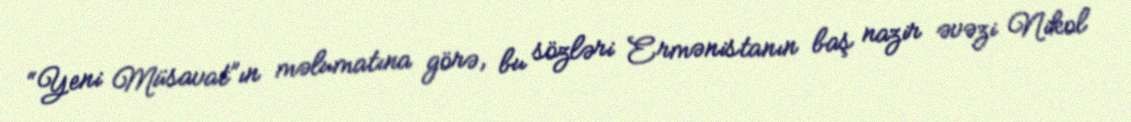
“Yeni Müsavat”ın məlumatına görə, bu sözləri Ermənistanın baş nazir əvəzi Nikol